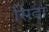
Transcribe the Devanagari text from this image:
सिंदा